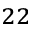
^ { 2 2 }